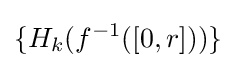
\{H_{k}(f^{-1}([0,r]))\}